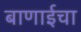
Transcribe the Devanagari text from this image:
बाणाईचा